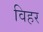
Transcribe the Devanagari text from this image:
विहर